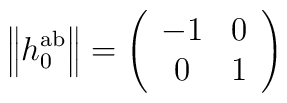
\left\| h_0^{{\rm ab}}\right\| =\left( \begin{array}{cc}-1 & 0 \\ 0 & 1\end{array}\right)